Vaccination in the Punjab 1883-1896 - 1883-1896
Year: 1883
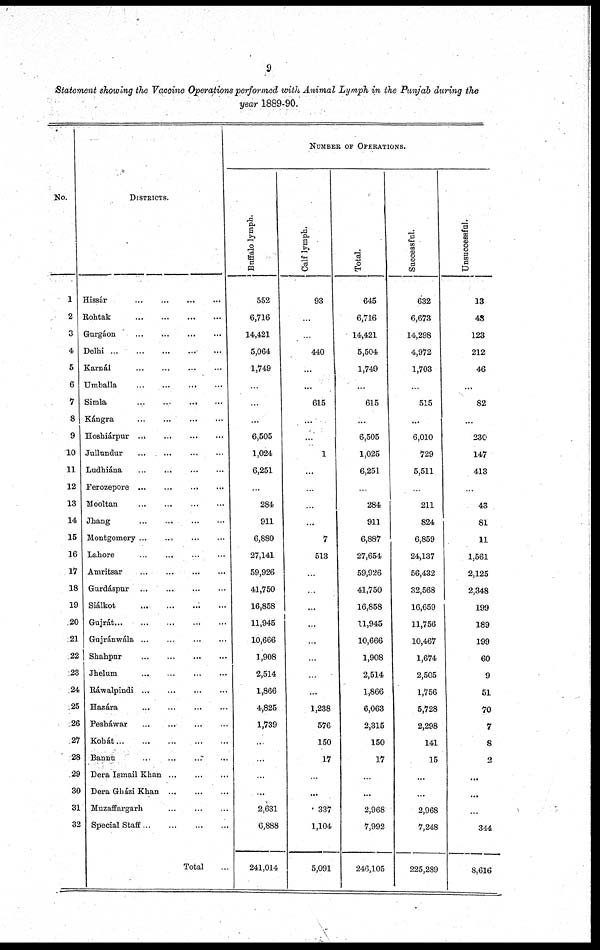
9
Statement showing the Vaccine Operations performed with Animal Lymph in the Punjab during the
year 1889-90.
No.
1
2
3
4
5
6
7
8
9
10
11
12
13
14
15
16
17
18
19
20
21
22
23
24
25
26
27
28
29
30
31
32
DISTRICTS.
Hissár ... ... ... ...
Rohtak
...
...
...
...
Gurgáon
...
...
...
...
Delhi ... ... ... ... ...
Karnál
...
...
...
...
Umballa
...
...
...
...
Simla
...
...
...
...
Kángra
...
...
...
...
Hoshiárpur
...
...
...
...
Jullundur
...
...
...
...
Ludhiána ... ... ... ...
Ferozepore
...
...
...
...
Mooltan
...
...
...
...
Jhang
...
...
...
...
Montgomery
...
...
...
...
Lahore
...
...
...
...
Amritsar
...
...
...
...
Gurdáspur
...
...
...
...
Siálkot
...
...
...
...
Gujrát
...
...
...
...
...
Gujránwála ... ... ... ...
Shahpur
...
...
...
...
Jhelum
...
...
...
...
Ráwalpindi
...
...
...
...
Hazára ... ... ... ...
Pesháwar ... ... ... ...
Kohát
...
...
...
...
...
Bannu ... ... ... ...
Dera Ismail Khan ... ... ...
Dera Gházi Khan
...
...
...
Muzaffargarh
...
...
...
Special Staff
...
...
...
...
Total ...
NUMBER OF OPERATIONS.
Buffalo lymph.
552
6,716
14,421
5,064
1,749
...
...
...
6,505
1,024
6,251
...
284
911
6,880
27,141
59,926
41,750
16,858
11,945
10,666
1,908
2,514
1,866
4,825
1,739
...
...
...
...
2,631
6,888
241,014
Calf lymph.
93
...
...
440
...
...
615
...
...
1
...
...
...
...
7
513
...
...
...
...
...
...
...
...
1,238
576
150
17
...
...
337
1,104
5,091
Total.
645
6,716
14,421
5,504
1,749
...
615
...
6,505
1,025
6,251
...
284
911
6,887
27,654
59,926
41,750
16,858
11,945
10,666
1,908
2,514
1,866
6,063
2,315
150
17
...
...
2,968
7,992
246,105
Successful.
632
6,673
14,298
4,972
1,703
...
515
...
6,010
729
5,511
...
211
824
6,859
24,137
56,432
32,568
16,659
11,756
10,467
1,674
2,505
1,756
5,728
2,298
141
15
...
...
2,968
7,248
225,289
Unsuccessful.
13
43
123
212
46
...
82
...
230
147
413
...
43
81
11
1,561
2,125
2,348
199
189
199
60
9
51
70
7
8
2
...
...
...
344
8,616